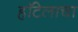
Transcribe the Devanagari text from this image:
हॉटेलाचा